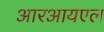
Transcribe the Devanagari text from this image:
आरआयएल